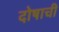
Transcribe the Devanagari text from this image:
दोषाची